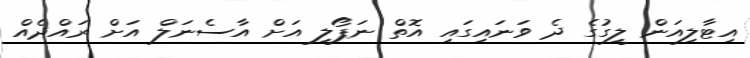
އިޓާލިއަން ލީގުގެ ދެ ވަނައިގައި އޮތް ނަޕޯލީ އަށް އާސެނަލް އަށް ރައްދެއް